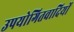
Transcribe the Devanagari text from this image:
उपयोगितवादियों